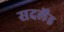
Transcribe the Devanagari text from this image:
सदर्लेंड